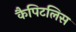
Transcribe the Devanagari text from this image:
कैपिटलिस